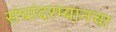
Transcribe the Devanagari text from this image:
संघांदरम्यानचा